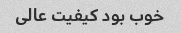
خوب بود کیفیت عالی